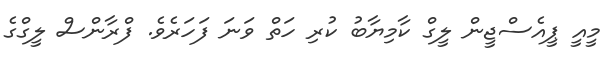
މީއީ ޕީއެސްޖީން ލީގް ކާމިޔާބު ކުރި ހަތް ވަނަ ފަހަރެވެ. ފްރާންސް ލީގްގެ